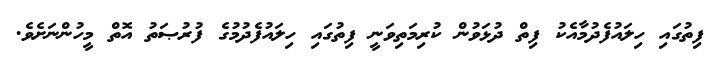
ފިތުގައި ހިލައުފެދުމާއެކު ފިތް ދުޅަވުން ކުރިމަތިވަނީ ފިތުގައި ހިލައުފެދުމުގެ ފުރުޞަތު އޮތް މީހުންނަށެވެ.